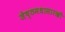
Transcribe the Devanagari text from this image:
जेष्ठमधासारखी